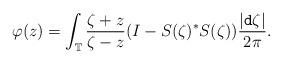
LaTeX: \begin{align*} \varphi(z) = \int_{{\mathbb T}} \frac{\zeta + z}{\zeta - z} (I - S(\zeta)^{*}S(\zeta) ) \frac{|{\tt d} \zeta|}{2 \pi}.\end{align*}